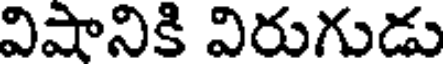
విషానికి విరుగుడు